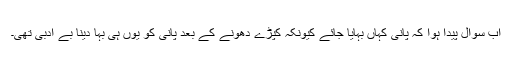
اب سوال پیدا ہوا کہ پانی کہاں بہایا جائے کیونکہ کپڑے دھونے کے بعد پانی کو یُوں ہی بہا دینا بے ادبی تھی۔